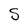
Character: S